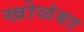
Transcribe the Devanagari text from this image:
खोळंबत